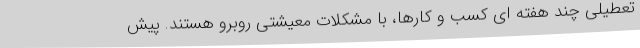
تعطیلی چند هفته ای کسب و کارها، با مشکلات معیشتی روبرو هستند. پیش